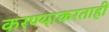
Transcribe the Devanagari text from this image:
करण्याकरताही